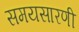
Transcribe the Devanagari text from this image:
समयसारणी